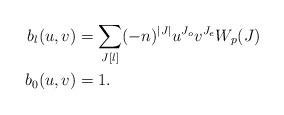
LaTeX: \begin{align*}b_l(u,v) &= \sum_{J[l]} (-n)^{|J|}u^{J_{o}} v^{J_{e}} W_p(J) \\b_0(u,v) &= 1.\end{align*}